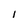
Character: 1